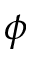
\phi